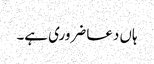
ہاں دعا ضروری ہے۔